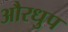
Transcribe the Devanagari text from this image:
औरधुप